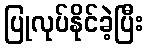
ပြုလုပ်နိုင်ခဲ့ပြီး